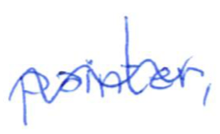
Text: painter,
Cross-out: wave
Writing tool: ballpoint